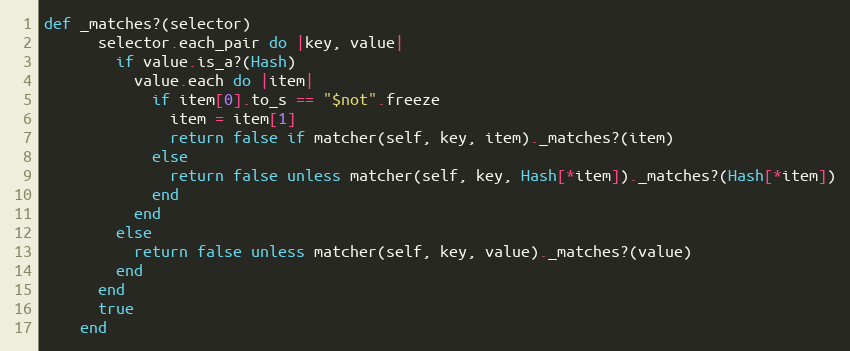
Language: Ruby
def _matches?(selector)
      selector.each_pair do |key, value|
        if value.is_a?(Hash)
          value.each do |item|
            if item[0].to_s == "$not".freeze
              item = item[1]
              return false if matcher(self, key, item)._matches?(item)
            else
              return false unless matcher(self, key, Hash[*item])._matches?(Hash[*item])
            end
          end
        else
          return false unless matcher(self, key, value)._matches?(value)
        end
      end
      true
    end